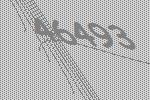
46493